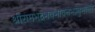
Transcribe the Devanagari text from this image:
श्रीरामभद्रभवभावनभानुभानो